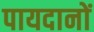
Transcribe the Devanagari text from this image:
पायदानों